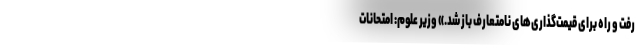
رفت و راه برای قیمت‌گذاری‌های نامتعارف باز شد.» وزیر علوم: امتحانات